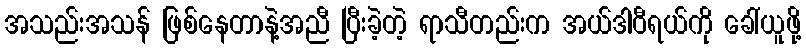
အသည်းအသန် ဖြစ်နေတာနဲ့အညီ ပြီးခဲ့တဲ့ ရာသီတည်းက အယ်ဒါဝီရယ်ကို ခေါ်ယူဖို့